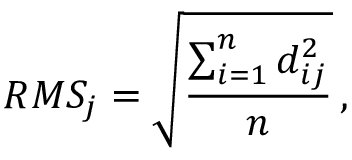
R M S _ { j } = \sqrt { \frac { \sum _ { i = 1 } ^ { n } d _ { i j } ^ { 2 } } { n } } \, ,